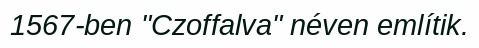
1567-ben "Czoffalva" néven említik.